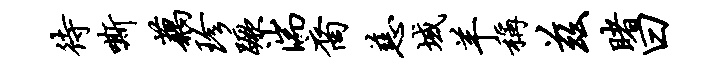
待嘶藕珍蹶湍裔慈域羊称兹睹曰